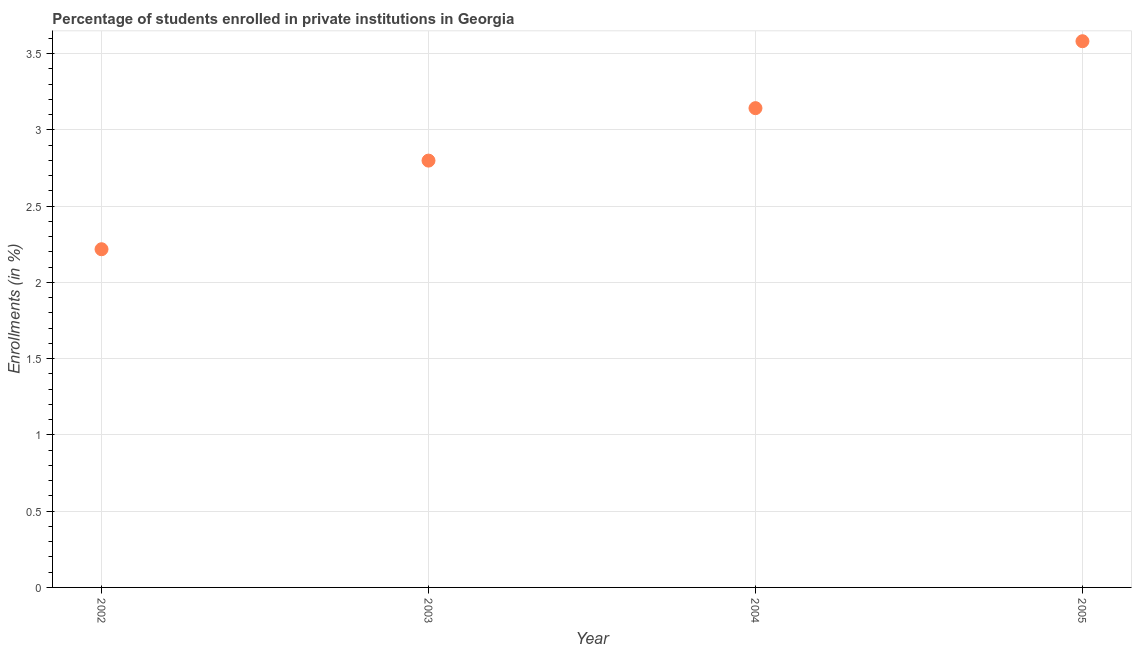
| Year | Enrollments |
 | --- | --- |
 | 2002 | 2.22 |
 | 2003 | 2.8 |
 | 2004 | 3.14 |
 | 2005 | 3.58 |